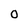
Character: 0